65_HS1-834228961_62-HQ-83894_Section_5
Agency: FBI
Page 33
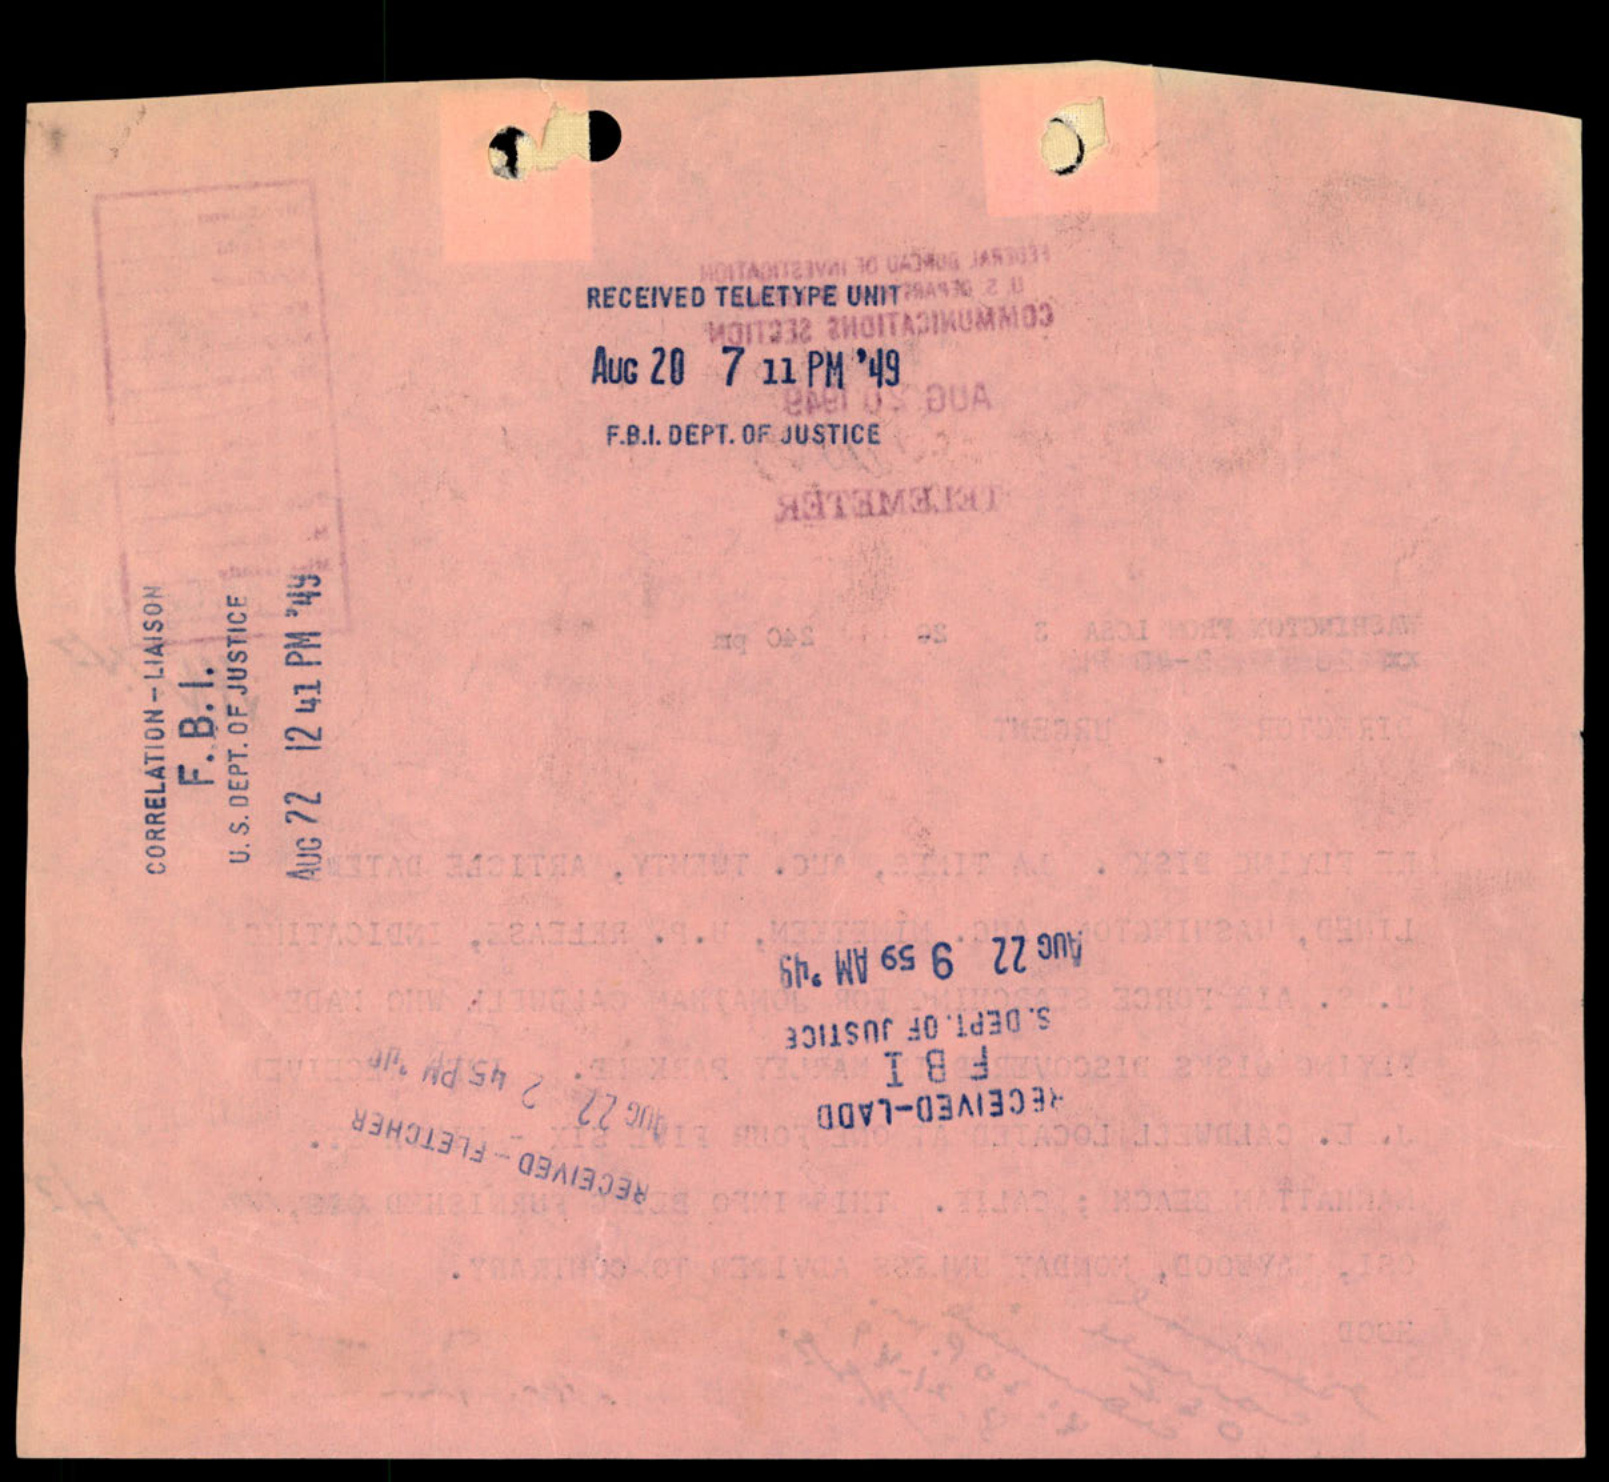